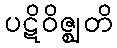
ပဋိဝိဇ္ဈတိ